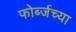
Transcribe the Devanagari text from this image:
फोर्ब्जच्या